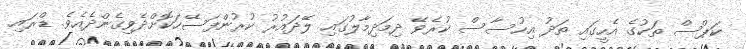
ކަޕްސް ތަކުގެ އެހީގައި ތަދު އިހުސާސް ކުރެވޭ ދިމަދިމާލުގައި ލޭދައުރު ކުރުންފަސޭހަކޮށްދެވިގެންދެއެވެ. ޑްރައި